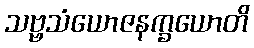
သဗ္ဗသံယောဇနက္ခယောတိ